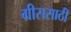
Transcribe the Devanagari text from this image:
ग्रीससाठी